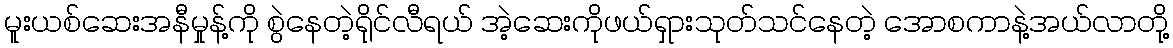
မူးယစ်ဆေးအနီမှုန့်ကို စွဲနေတဲ့ရိုင်လီရယ် အဲ့ဆေးကိုဖယ်ရှားသုတ်သင်နေတဲ့ အောစကာနဲ့အယ်လာတို့